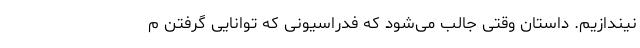
نیندازیم. داستان وقتی جالب می‌شود که فدراسیونی که توانایی گرفتن م